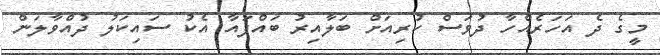
މީގެ ދެ އަހަރެއްހާ ދުވަސް ކުރިއަށް ބަލާއިރު ބައްޕައާ އެކު ސައިކަލު ދުއްވާލަން